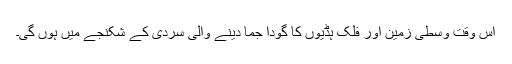
اس وقت وسطی زمین اور فلک ہڈیوں کا گودا جما دینے والی سردی کے شکنجے میں ہوں گی۔